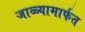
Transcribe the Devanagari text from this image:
जाळ्यामार्फत